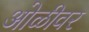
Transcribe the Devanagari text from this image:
ओळीवर